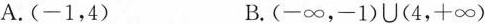
A.(-1，4) B.(-∞，-1)∪(4，+∞)